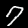
Digit: 7